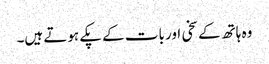
وہ ہاتھ کے سخی اور بات کے پکے ہوتے ہیں۔